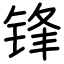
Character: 锋